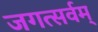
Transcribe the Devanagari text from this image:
जगत्सर्वम्